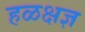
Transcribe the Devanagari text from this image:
हळक्षज्ञ